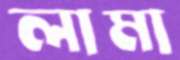
লামা